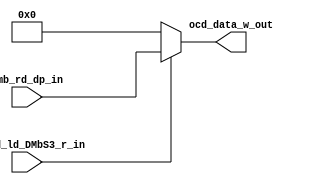

// File generated by Go version U-2022.12#33f3808fcb#221128, Thu Jan 25 16:08:15 2024
// Copyright 2014-2022 Synopsys, Inc. All rights reserved.
// go -I../lib -F -DSYNTHESIS_NO_UNGROUP -D__tct_patch__=0 -Verilog -otrv32p3_cnn_vlog -cgo_options.cfg -Itrv32p3_cnn_vlog/tmp_pdg -updg -updg_controller trv32p3_cnn



`timescale 1ns/1ps

// module mux_ocd_data_w : mux_ocd_data_w
module mux_ocd_data_w
  ( input                   __ocd_ld_DMbS3_r_in, // bool
    input      signed [7:0] dmb_rd_dp_in, // w08
    output reg signed [7:0] ocd_data_w_out // w08
  );


  always @ (*)

  begin : p_mux_ocd_data_w

    ocd_data_w_out = 8'sh0;

    // (ocd_data_w_copy0_dmb_rd___ocd_ld_DMbS3_r_S3_alw)
    if (__ocd_ld_DMbS3_r_in)
    begin
      // [ocd.n:73]
      ocd_data_w_out = dmb_rd_dp_in;
    end

  end

endmodule